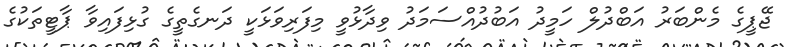
ޖޭޕީގެ މެންބަރު އަބްދުލް ހަމީދު އަބުދުއްސަމަދު ވިދާޅުުވީ މިފަރިވަޅަކީ ދަނގެތީގެ ގުޅިފައިވާ ޕާޓީތަކުގެ